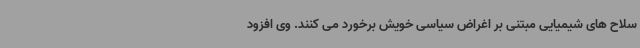
سلاح های شیمیایی مبتنی بر اغراض سیاسی خویش برخورد می کنند. وی افزود